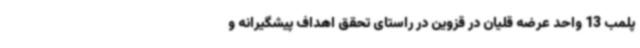
پلمب 13 واحد عرضه قلیان در قزوین در راستای تحقق اهداف پیشگیرانه و